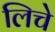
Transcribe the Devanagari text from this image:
लिचे